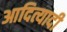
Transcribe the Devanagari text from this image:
आदित्यादी